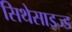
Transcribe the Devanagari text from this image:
सिथेसाइज्ड